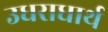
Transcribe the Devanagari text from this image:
उधराधार्थ